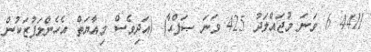
4411 6 ވަނަ މުޖައްލަދު 425 ވަނަ ޞަފްޙާ) (އަދިވެސް މިއާޔަތް އެހެންލަފުޒަކުން